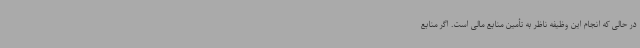
در حالی که انجام این وظیفه ناظر به تأمین منابع مالی است. اگر منابع